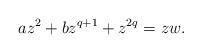
LaTeX: \begin{align*}az^2+bz^{q+1}+z^{2q}=zw.\end{align*}